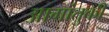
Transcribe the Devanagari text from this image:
आगांतुकी